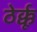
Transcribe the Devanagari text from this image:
ठेर्क्कू